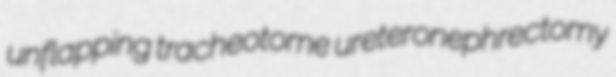
unflapping tracheotome ureteronephrectomy